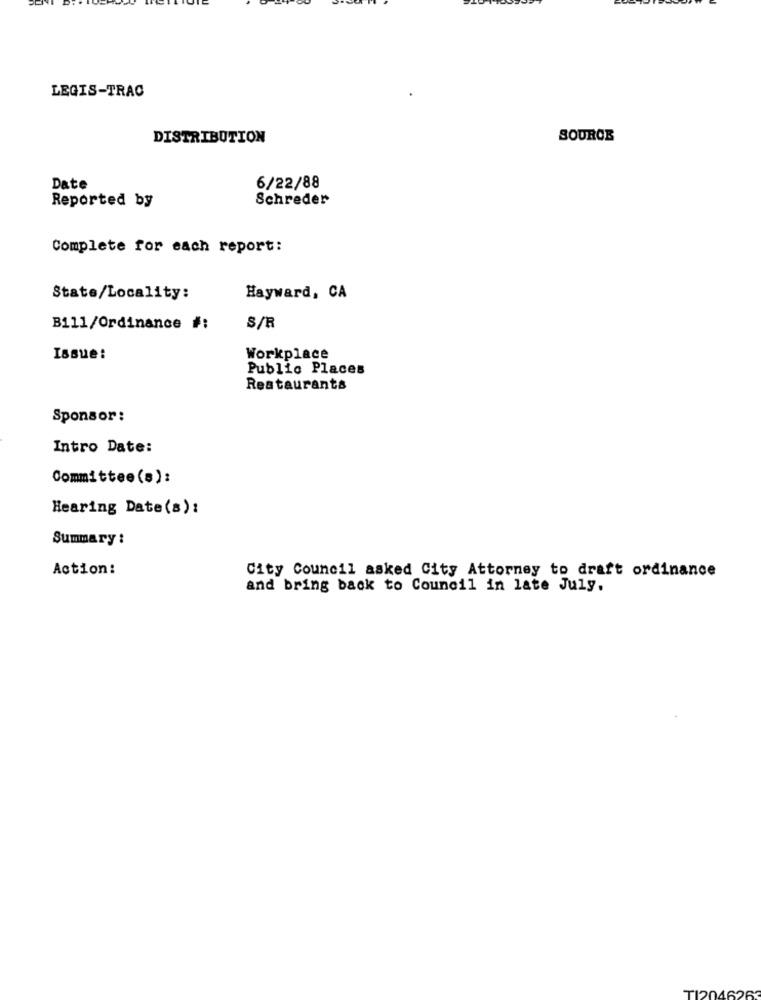
LEGIS-TRAC
DISTRIBUTION
SOURCE
Date
6/22/88
Reported by
Schreder
Complete for each report:
State/Locality:
Hayward, CA
B111/Ordinance #:
S/R
Issue:
Workplace
Public Places
Restaurants
Sponsor:
Intro Date:
Committee(s):
Hearing Date(s):
Summary :
Action:
City Council asked City Attorney to draft ordinance
and bring back to Council in late July.
TI2046263